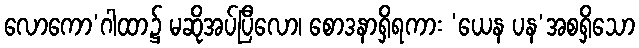
လောကော’ဂါထာ၌ မဆိုအပ်ပြီလော၊ စောဒနာရှိရကား ‘ယေန ပန’အစရှိသော